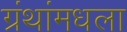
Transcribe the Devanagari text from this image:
ग्रंथांमधला